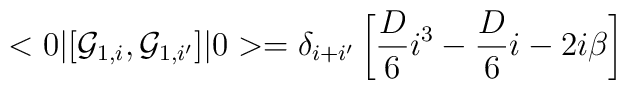
<0\vert [ {\cal G}_{1,i}, {\cal G}_{1,i'} ]\vert 0 > = \delta_{i+i'}\left[ {D\over 6}i^3 - {D\over 6}i - 2i\beta\right]